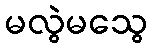
မလွဲမသွေ